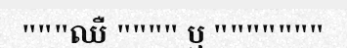
"""ឈឺ """" ឬ """""""